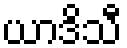
ယာဒိသီ